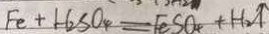
F e + H _ { 2 } S O _ { 4 } = F e S O _ { 4 } + H _ { 2 } \uparrow